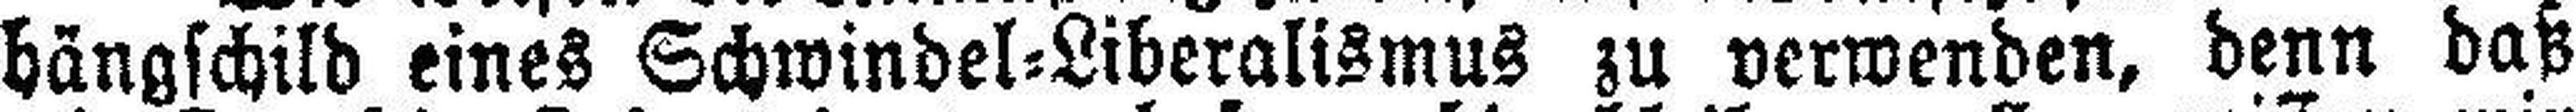
hängschild eines Schwindel=Liberalismus zu verwenden, denn daß